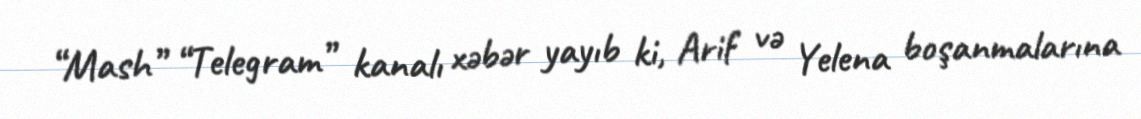
“Mash” “Telegram” kanalı xəbər yayıb ki, Arif və Yelena boşanmalarına